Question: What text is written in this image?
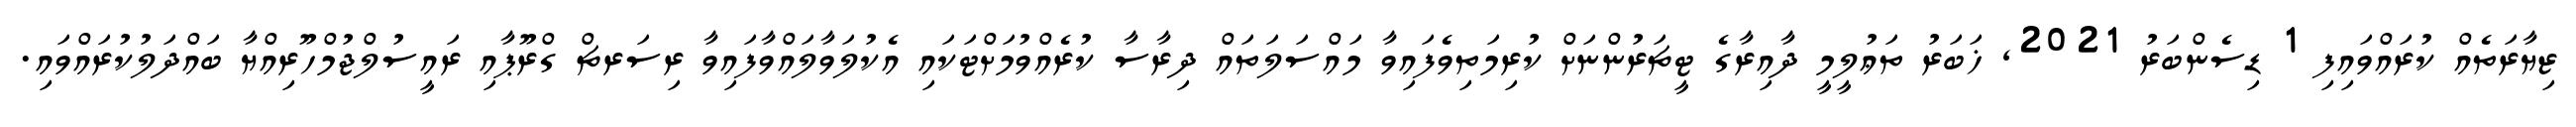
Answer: ޒިޔާރަތެއް ކުރައްވައިފި 1 ޑިސެންބަރު 2021, ޚަބަރު ތަޢުލީމީ ދާއިރާގެ ޓީޗަރުންނަށް ކުރިމަތިވެފައިވާ މައްސަލަތައް ދިރާސާ ކުރެއްވުމަށްޓަކައި އެކުލަވާލައްވާފައިވާ ރިސަރޗް ގްރޫޕާއި ރައީސުލްޖުމްހޫރިއްޔާ ބައްދަލުކުރައްވައި.